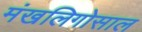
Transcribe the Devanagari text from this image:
मंखलिगोसाल